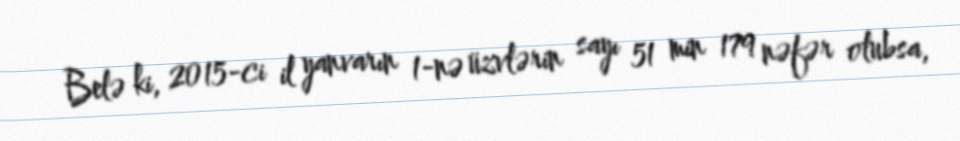
Belə ki, 2015-ci il yanvarın 1-nə üzvlərin sayı 51 min 179 nəfər olubsa,